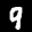
Label: 9